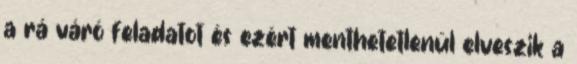
a rá váró feladatot és ezért menthetetlenül elveszik a